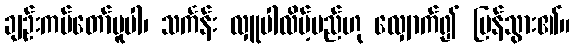
ချဉ်းကပ်တော်မူပါ၊ သင်္ကန်း လှူပါလိမ့်မည်ဟု လျှောက်၍ ပြန်သွား၏။